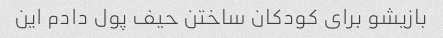
بازیشو برای کودکان ساختن حیف پول دادم این